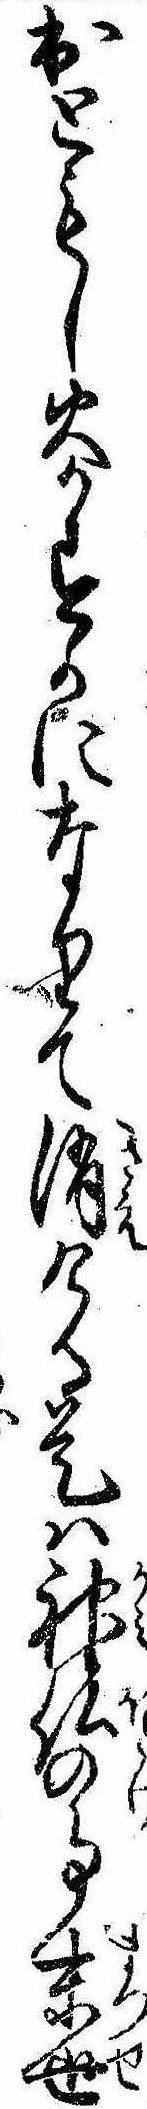
出ともし火かすかになりて消ける是は神仏の事末世